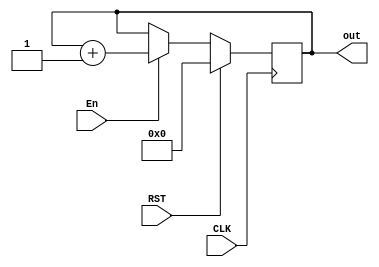
module contador_5(
    input CLK,RST,En,
    output reg [4:0] out
    );
   always @(posedge CLK)
      if (RST)
         out <= 5'b00000;
      else if (En)
         out <= out + 1'b1;
endmodule